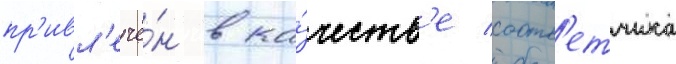
пр'ивл'ечё́н в ка́честв'е соотв'етчика